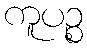
ကူပဉ္စ